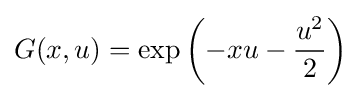
G(x,u)=\exp \left(-xu-{\frac {u^{2}}{2}}\right)